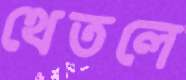
থেতলে